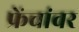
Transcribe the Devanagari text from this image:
फ्रेंचांवर